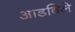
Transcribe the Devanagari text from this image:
आडविले